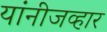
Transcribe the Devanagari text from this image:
यांनीजव्हार